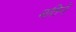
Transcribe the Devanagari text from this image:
मतिने